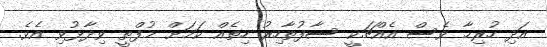
އަދި ހުރިހާ ވެސް އެއްޗަކީ ސާފުތާހިރު ހިތެއް ކަމަށް މުފްތީ ވިދާޅުވި އެވެ.